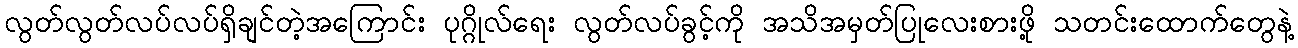
လွတ်လွတ်လပ်လပ်ရှိချင်တဲ့အကြောင်း ပုဂ္ဂိုလ်ရေး လွတ်လပ်ခွင့်ကို အသိအမှတ်ပြုလေးစားဖို့ သတင်းထောက်တွေနဲ့